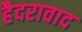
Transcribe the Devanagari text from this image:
हैदरावाद